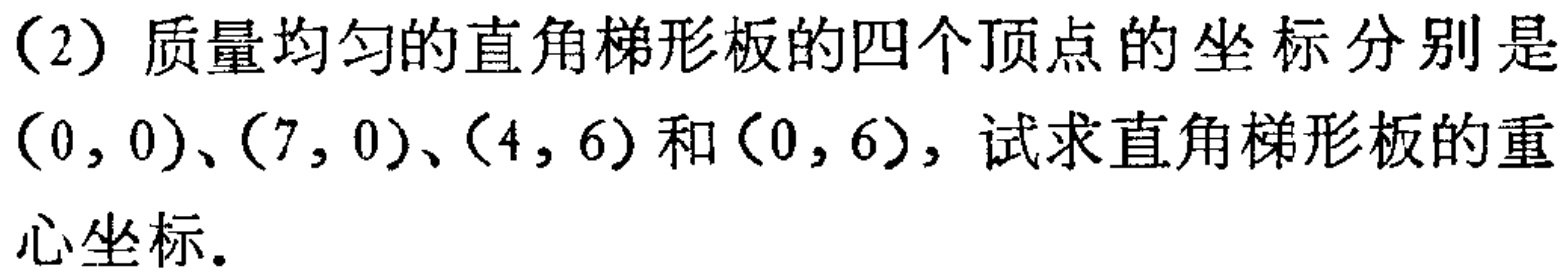
（2）质量均匀的直角梯形板的四个顶点的坐标分别是\((0,0)\)、\((7,0)\)、\((4,6)\)和\((0,6)\)，试求直角梯形板的重心坐标。